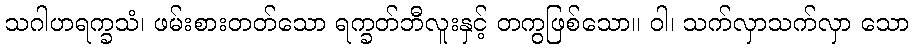
သဂါဟရက္ခသံ၊ ဖမ်းစားတတ်သော ရက္ခတ်ဘီလူးနှင့် တကွဖြစ်သော။ ဝါ၊ သက်လှာသက်လှာ သော